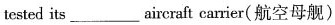
tested its___aircraft carrier(航空母舰)